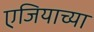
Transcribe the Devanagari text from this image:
एजियाच्या